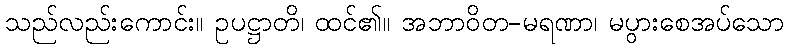
သည်လည်းကောင်း။ ဥပဋ္ဌာတိ၊ ထင်၏။ အဘာဝိတ-မရဏာ၊ မပွားစေအပ်သော